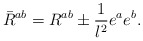
\begin{align*}\bar{R}^{ab}=R^{ab}\pm \frac{1}{l^{2}}e^{a}e^{b}.\end{align*}